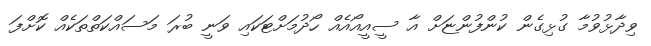
ވިދާޅުވުމާ ގުޅިގެން ކުންފުންޏަށް އާ ސީއީއޯއެއް ހޯދުމަށްޓަކައި ވަނީ ބުރަ މަސައްކަތްތަކެއް ކޮށްފަ